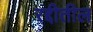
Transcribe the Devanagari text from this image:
रद्दीतील